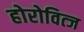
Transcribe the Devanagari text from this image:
होरोवित्ज